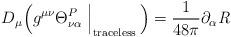
LaTeX: \begin{align*}D_\mu \Bigl( g^{\mu\nu} \Theta^P_{\nu\alpha} \Bigm|_{\raisebox{-.2ex}{$\scriptstyle\rm traceless$}} \, \Bigr) = \frac{1}{48\pi} \partial_\alpha {\it R}\end{align*}